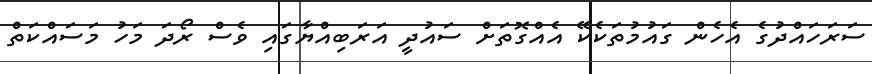
ސަރަހައްދުގެ އެހެން ގައުމުތަކެކޭ އެއްގޮތަށް ސައުދީ އަރަބިއްޔާގައި ވެސް ރޯދަ މަހު މަސައްކަތް